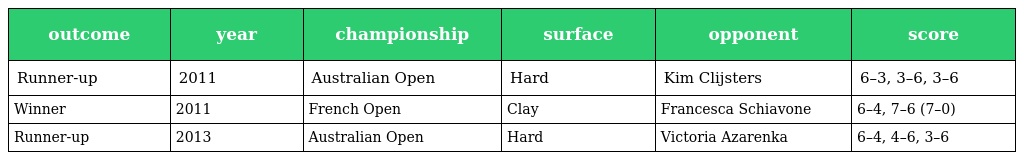
| outcome | year | championship | surface | opponent | score |
 | --- | --- | --- | --- | --- | --- |
 | Runner-up | 2011 | Australian Open | Hard | Kim Clijsters | 6–3, 3–6, 3–6 |
 | Winner | 2011 | French Open | Clay | Francesca Schiavone | 6–4, 7–6 (7–0) |
 | Runner-up | 2013 | Australian Open | Hard | Victoria Azarenka | 6–4, 4–6, 3–6 |